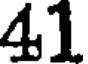
41